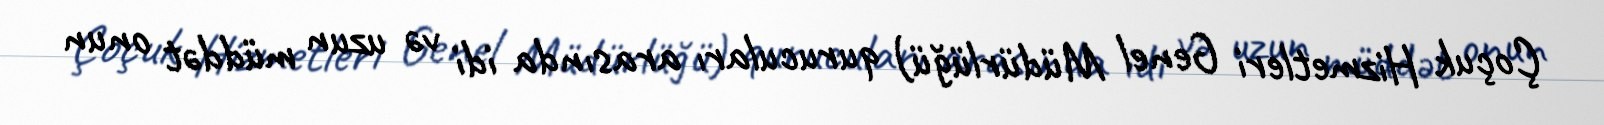
Çoçuk Hizmetleri Genel Müdürlüğü) qurucuları arasında idi və uzun müddət onun